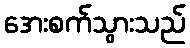
အေးစက်သွားသည်